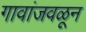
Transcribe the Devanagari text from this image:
गावांजवळून